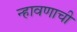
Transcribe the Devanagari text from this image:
न्हावणाची